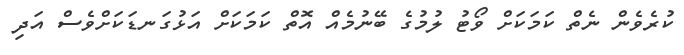
ކުރެވެން ނެތް ކަމަކަށް ވޯޓު ލުމުގެ ބޭނުމެއް އޮތް ކަމަކަށް އަޅުގަނޑަކަށްވެސް އަދި